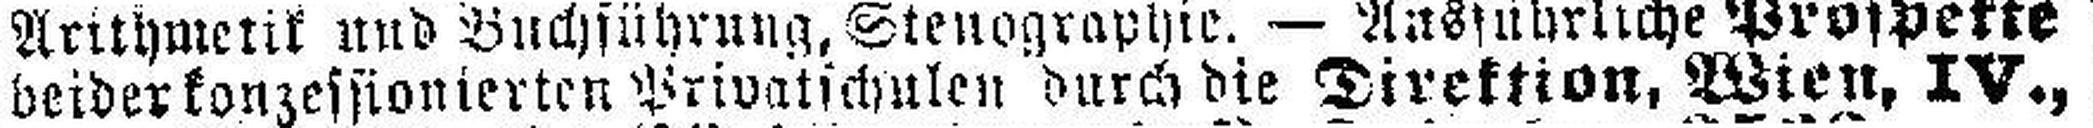
beider konzessionierten Privatichulen durch die Direktion, Wien, IV.,